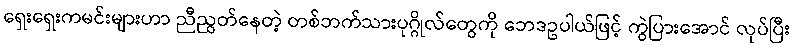
ရှေးရှေးကမင်းများဟာ ညီညွတ်နေတဲ့ တစ်ဘက်သားပုဂ္ဂိုလ်တွေကို ဘေဒဥပါယ်ဖြင့် ကွဲပြားအောင် လုပ်ပြီး